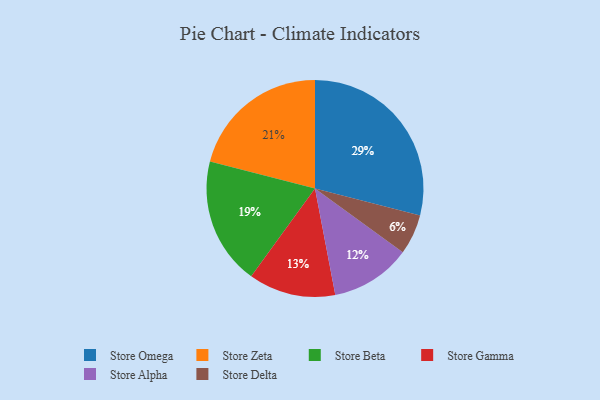
{"axis": {"x": "Category", "y": "Percentage"}, "legend": ["Store Alpha", "Store Beta", "Store Delta", "Store Gamma", "Store Omega", "Store Zeta"], "data": [{"x": "Store Delta", "y": 6, "type": "Store Delta"}, {"x": "Store Zeta", "y": 21, "type": "Store Zeta"}, {"x": "Store Omega", "y": 29, "type": "Store Omega"}, {"x": "Store Alpha", "y": 12, "type": "Store Alpha"}, {"x": "Store Gamma", "y": 13, "type": "Store Gamma"}, {"x": "Store Beta", "y": 19, "type": "Store Beta"}]}